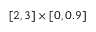
[ 2 , 3 ] \times [ 0 , 0 . 9 ]